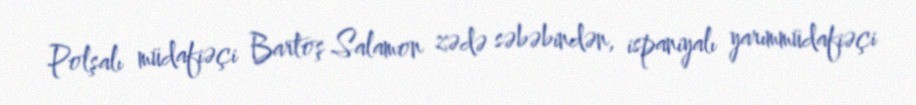
Polşalı müdafiəçi Bartoş Salamon zədə səbəbindən, ispaniyalı yarımmüdafiəçi